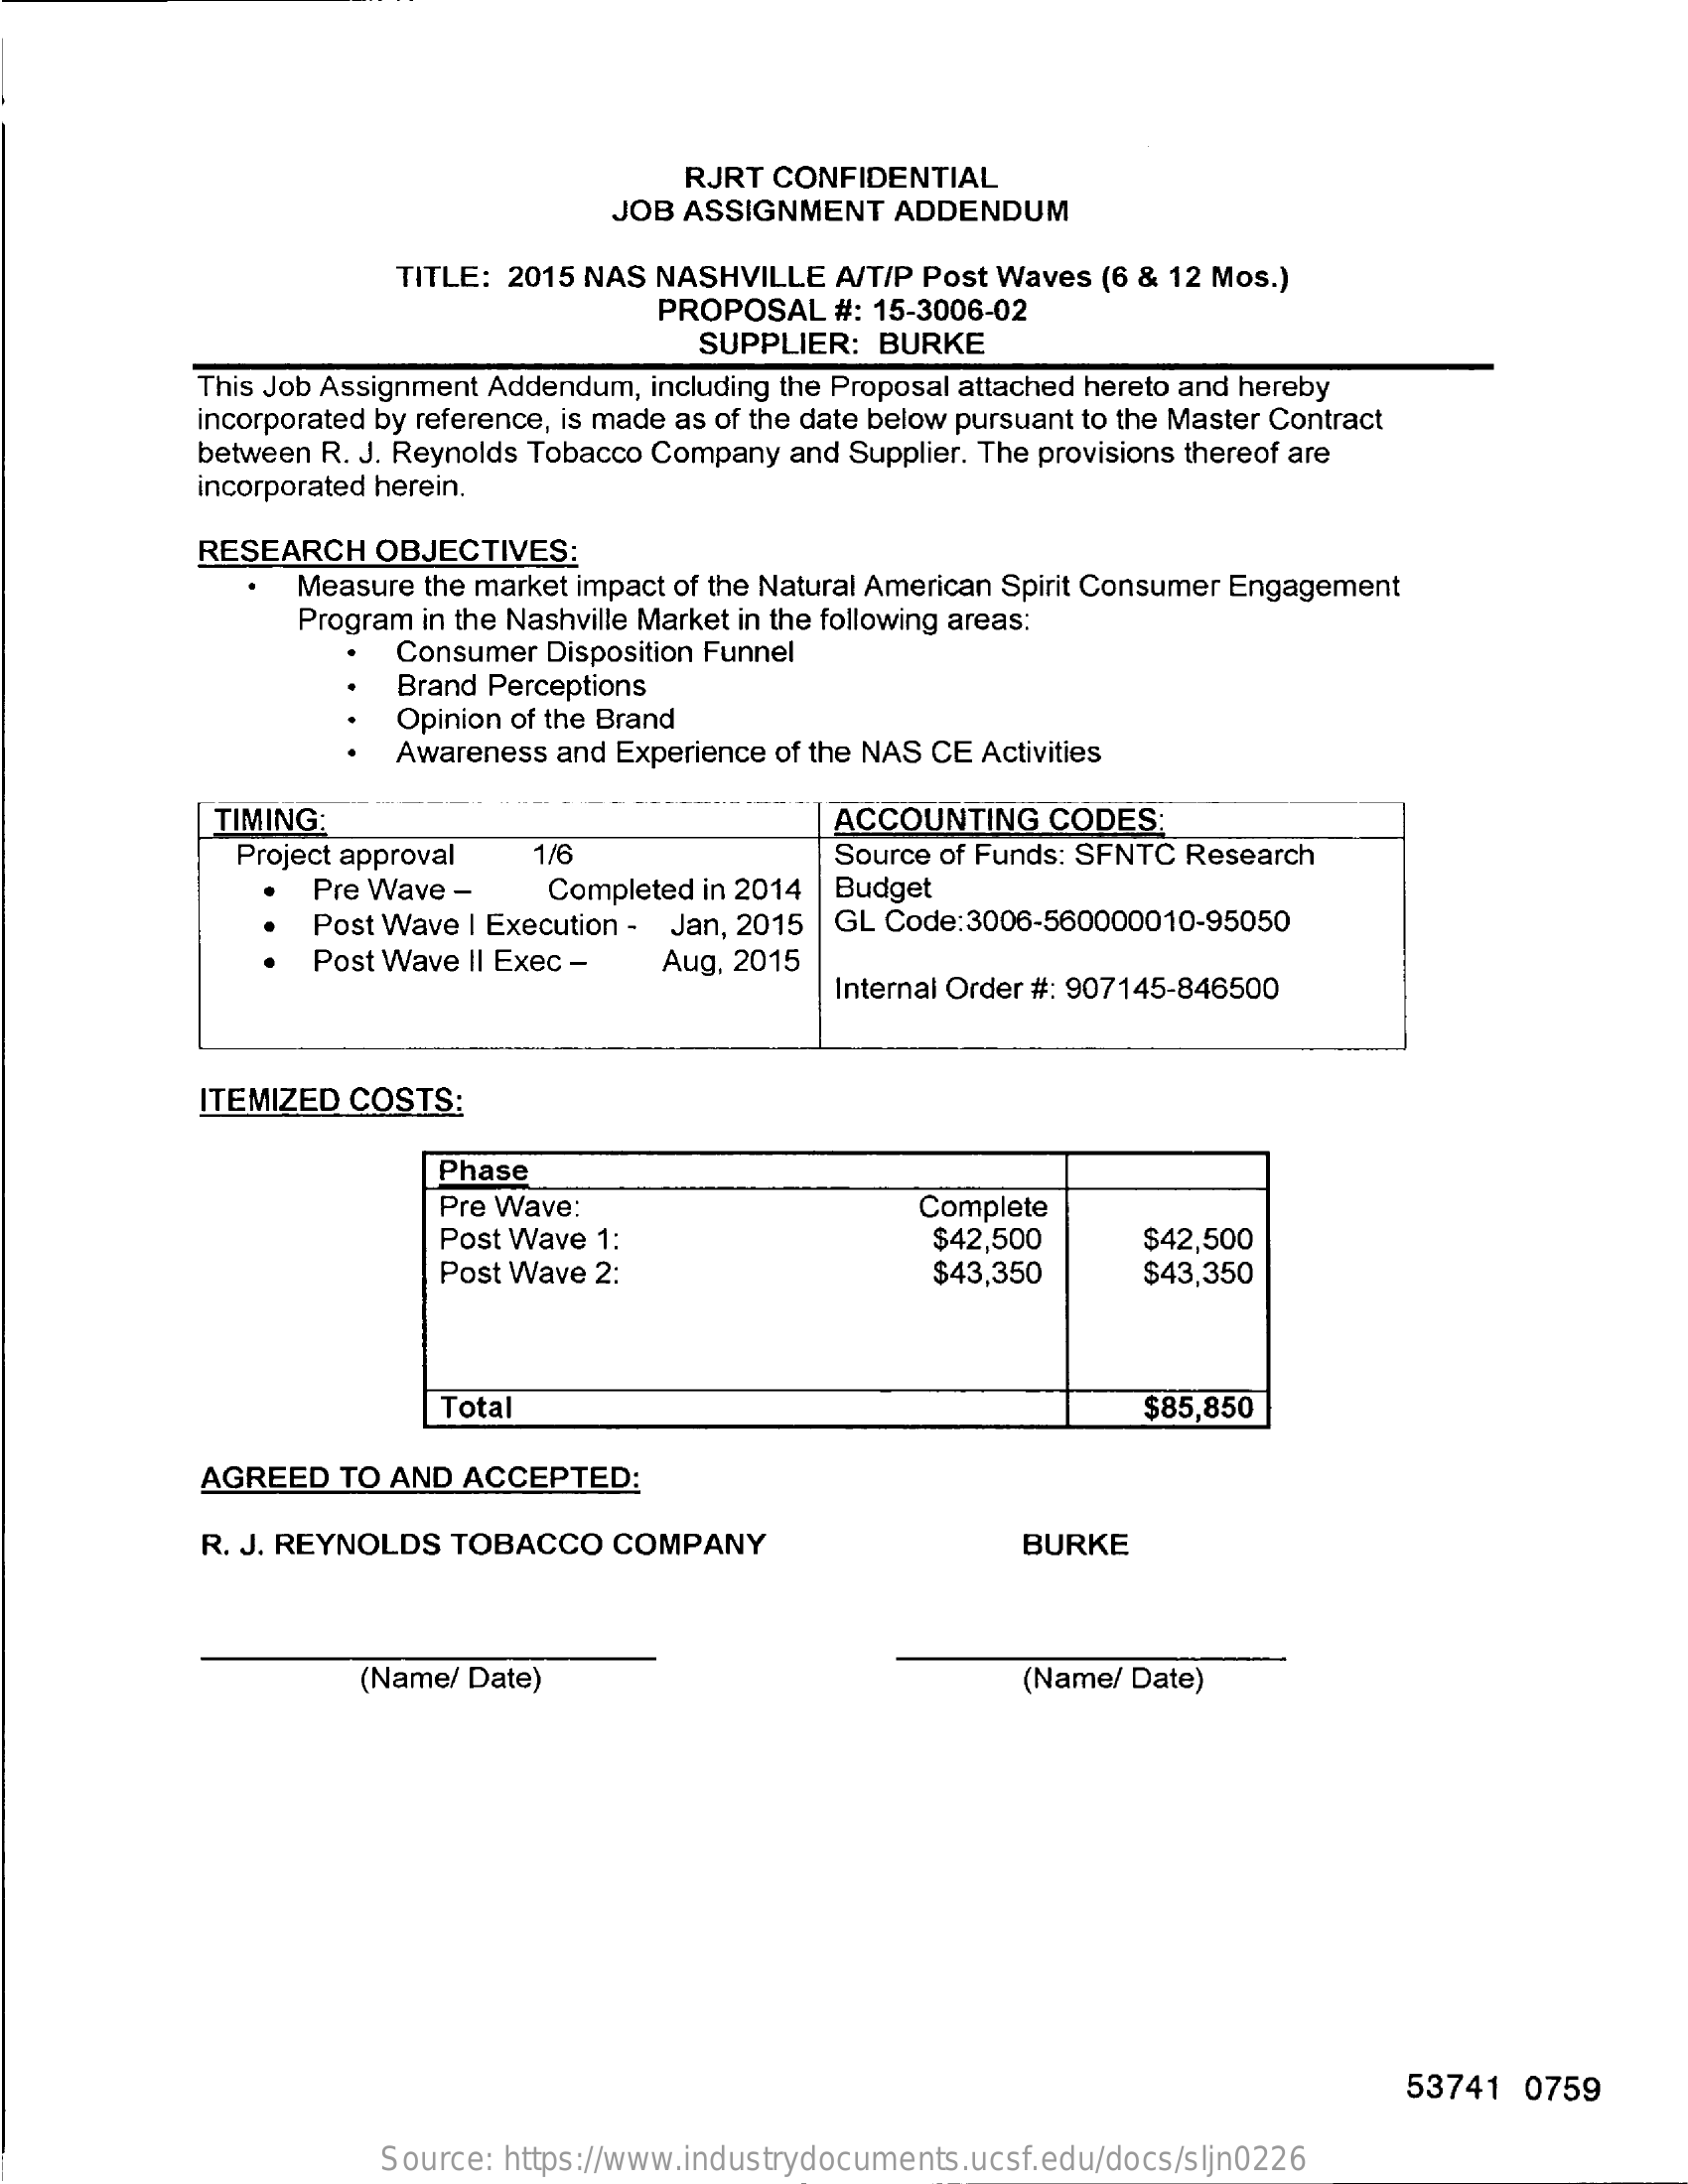
RJRT CONFIDENTIAL
     JOB ASSIGNMENT   ADDENDUM
     TITLE: 2015 NAS NASHVILLE A/T/P Post Waves (6 & 12 Mos.)
     PROPOSAL  #: 15-3006-02
     SUPPLIER:  BURKE
     This Job Assignment Addendum, including the Proposal attached hereto and hereby
     incorporated by reference, is made as of the date below pursuant to the Master Contract
     between R. J. Reynolds Tobacco Company and Supplier. The provisions thereof are
     incorporated herein.
     RESEARCH  OBJECTIVES:
     Measure the market impact of the Natural American Spirit Consumer Engagement
     Program in the Nashville Market in the following areas:
     Consumer Disposition Funnel
     Brand Perceptions
     Opinion of the Brand
     Awareness and Experience of the NAS CE Activities
     TIMING:    ACCOUNTING   CODES:
     Project approval  1/6    Source of Funds: SFNTC Research
     Pre Wave -    Completed in 2014 Budget
     Post Wave | Execution - Jan, 2015 GL Code:3006-560000010-95050
     Post Wave II Exec -   Aug, 2015
     Internal Order #: 907145-846500
     ITEMIZED  COSTS:
     Phase
     Pre Wave:
     Post Wave 1:
     Complete
     $42,500    $42,500
     Post Wave 2:    $43,350    $43,350
     Total    $85,850
     AGREED  TO AND  ACCEPTED:
     R. J. REYNOLDS TOBACCO   COMPANY    BURKE
     (Name/ Date)    (Name/ Date)
     53741  0759
     Source: https://www.industrydocuments.ucsf.edu/docs/sljn0226